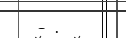
- .